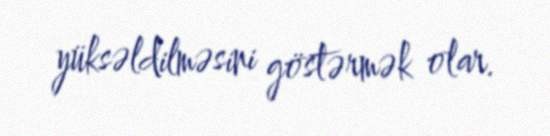
yüksəldilməsini göstərmək olar.